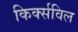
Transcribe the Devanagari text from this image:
किर्क्सविल